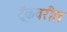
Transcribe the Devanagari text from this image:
ट्रॅकवरील